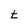
Character: t